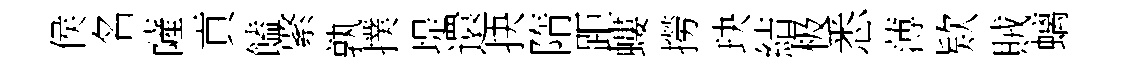
侯名薩貢饁綮孰撲堤還抉隋距螻撈玦結极悉薄欵賊螭